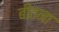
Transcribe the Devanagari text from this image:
बीतना